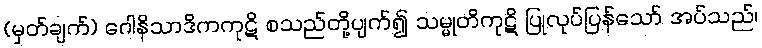
(မှတ်ချက်) ဂေါနိသာဒိကကုဋိ စသည်တို့ပျက်၍ သမ္မုတိကုဋိ ပြုလုပ်ပြန်သော် အပ်သည်၊